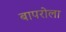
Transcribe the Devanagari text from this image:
बापरोला